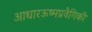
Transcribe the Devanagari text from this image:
आधारऊष्मप्रवैगिकी